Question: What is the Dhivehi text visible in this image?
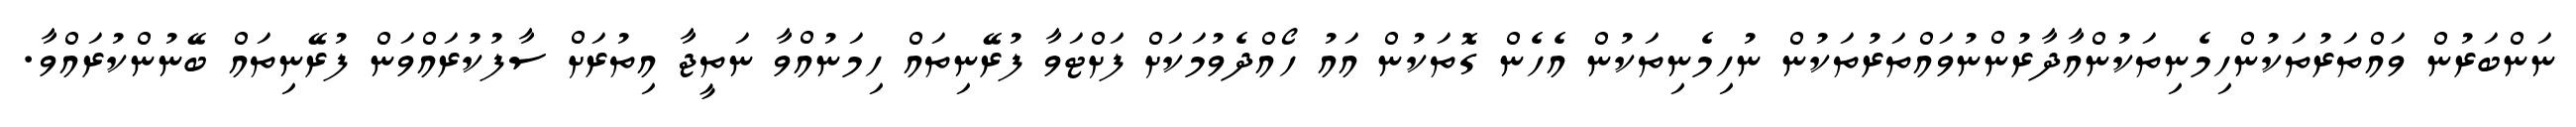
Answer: ނަންބަރުން ވައްތަރުތަކުންހިމެނިތަކުންއާދާރުންނުވައްތަރުތަކުން ނުހިމެނިތަކުން އެހެން ގޮތަކުން އައު ހޯއްދެވުމަކަށް ފަށްޓަވާ ފުރޭނިތައް ހިމަނުއްވާ ނަތީޖާ އިތުރަށް ސާފުކުރައްވަން ފުރޭނިތައް ބޭނުންކުރައްވާ.